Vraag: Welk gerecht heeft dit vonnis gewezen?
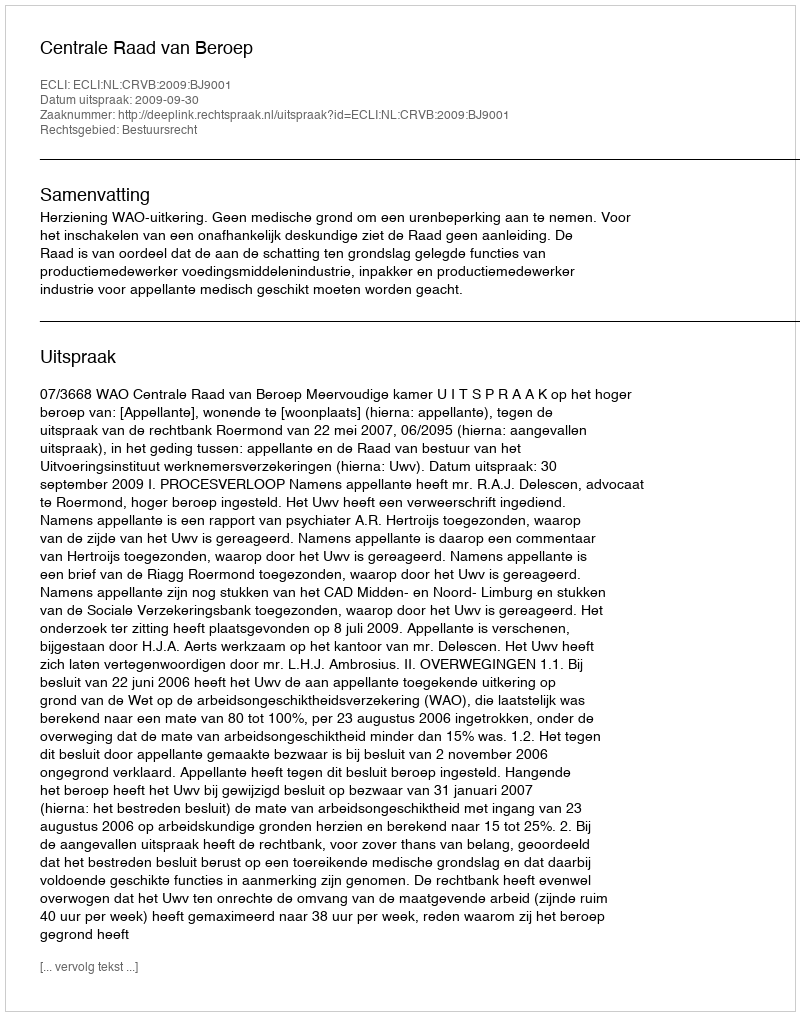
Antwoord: Centrale Raad van Beroep